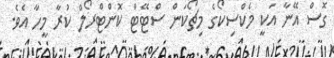
ގޮސް އޭނާ އަކީ މެކްސިކޯގެ މިޗޯކަން ސްޓޭޓް ކޮންޓްރޯލް ކުރާ މީހާ އެވެ.